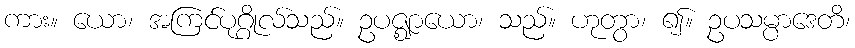
ကား။ ယော၊ အကြင်ပုဂ္ဂိုလ်သည်။ ဥပဇ္ဈာယော၊ သည်။ ဟုတွာ၊ ၍။ ဥပသမ္ပာဒေတိ၊